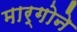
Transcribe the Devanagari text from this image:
मार्गोने